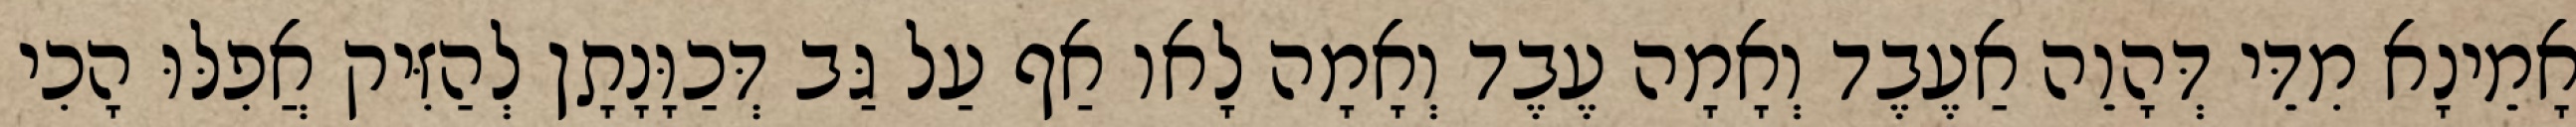
אָמֵינָא מִדֵּי דְּהָוֵה אַעֶבֶד וְאָמָה עֶבֶד וְאָמָה לָאו אַף עַל גַּב דְּכַוָּנָתָן לְהַזִּיק אֲפִלּוּ הָכִי